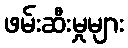
ဖမ်းဆီးမှုများ